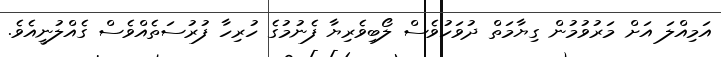
އަމިއްލަ އަށް މަރުވުމުން ގިޔާމަތް ދުވަހުވެސް ލޯބިވެރިޔާ ފެނުމުގެ ހުރިހާ ފުރުސަތެއްވެސް ގެއްލުނީއެވެ.